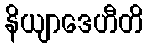
နိယျာဒေဟီတိ